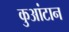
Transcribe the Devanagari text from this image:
कुआंटान